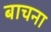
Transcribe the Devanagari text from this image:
बाचना